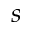
s